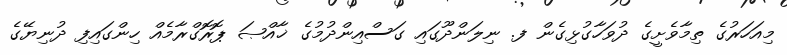
މިއަހަރުގެ ތިމާވެށީގެ ދުވަހާގުޅިގެން ފ. ނިލަންދޫގައި ގަސްއިންދުމުގެ ޚާއްޞަ ޕޮރޮގްރާމެއް ހިންގައިފި ދުނިޔޭގެ